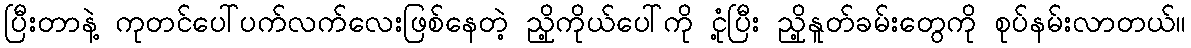
ပြီးတာနဲ့ ကုတင်ပေါ်ပက်လက်လေးဖြစ်နေတဲ့ ညို့ကိုယ်ပေါ်ကို ငုံ့ပြီး ညို့နူတ်ခမ်းတွေကို စုပ်နမ်းလာတယ်။